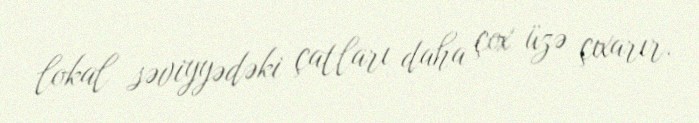
lokal səviyyədəki çatları daha çox üzə çıxarır.